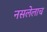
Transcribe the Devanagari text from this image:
नसलेलाच